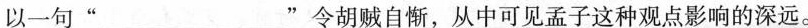
以一句“___”令胡贼自惭，从中可见孟子这种观点影响的深远。